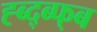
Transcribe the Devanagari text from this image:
ह्ब्द्ब्फ्ब